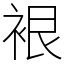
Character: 裉